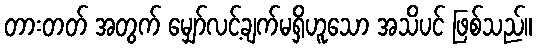
တားတတ် အတွက် မျှော်လင့်ချက်မရှိဟူသော အသိပင် ဖြစ်သည်။